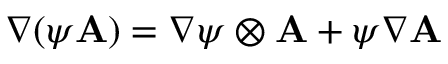
\nabla ( \psi \mathbf { A } ) = \nabla \psi \otimes \mathbf { A } + \psi \nabla \mathbf { A }